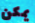
يمكن